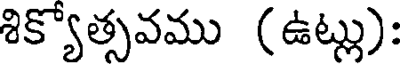
శిక్యోత్సవము (ఉట్లు):